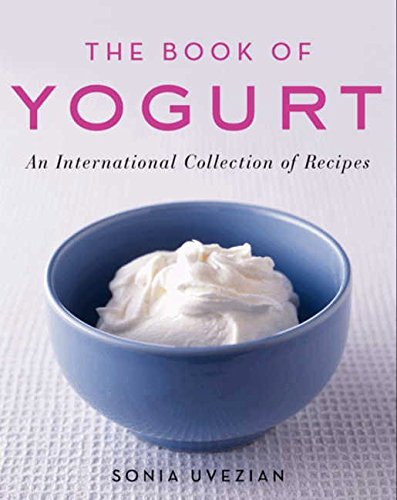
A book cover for The Book Of Yogurt; Sonia Uvezian; Cookbooks, Food & Wine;